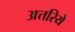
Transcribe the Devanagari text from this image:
अत्तरिये